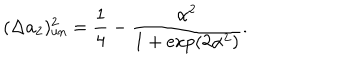
( \Delta a _ { 2 } ) _ { \mathrm { u n } } ^ { 2 } = \frac { 1 } { 4 } - \frac { \alpha ^ { 2 } } { 1 + \exp ( 2 \alpha ^ { 2 } ) } .